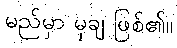
မည်မှာ မုချ ဖြစ်၏။